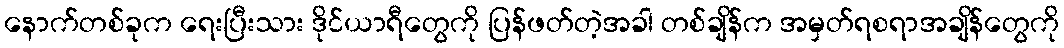
နောက်တစ်ခုက ရေးပြီးသား ဒိုင်ယာရီတွေကို ပြန်ဖတ်တဲ့အခါ တစ်ချိန်က အမှတ်ရစရာအချိန်တွေကို